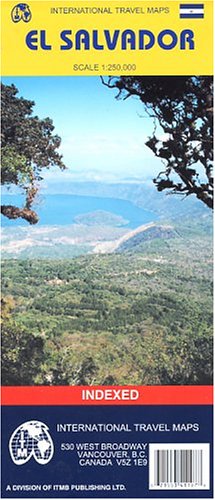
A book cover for El Salvador Map by ITMB (Travel Reference Map); ITMB; Travel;